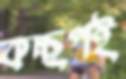
কচ্ছপই